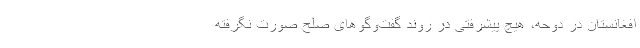
افغانستان در دوحه، هیچ پیشرفتی در روند گفت‌وگو‌های صلح صورت نگرفته